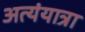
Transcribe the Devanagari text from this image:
अत्यंयात्रा